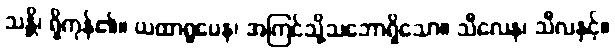
သန္တိ၊ ရှိကုန်၏။ ယထာရူပေန၊ အကြင်သို့သဘောရှိသော။ သီလေန၊ သီလနှင့်။